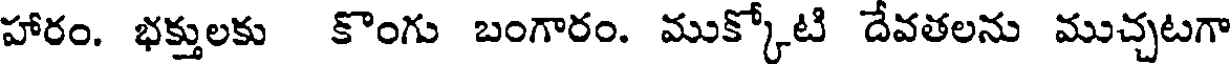
హారం. భక్తులకు కొంగు బంగారం. ముక్కోటి దేవతలను ముచ్చటగా